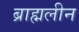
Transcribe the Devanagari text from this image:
ब्राह्मलीन